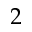
2